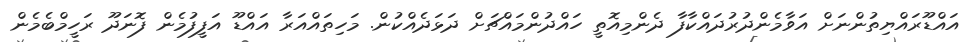
އައްޑޫރައްޔިތުންނަށް އަވާމެންދުރުދައްކާފާ ދެންމިއޮތީ ހައްދުންމައްޗަށް ދަޅަދެއްކުން. މަހިތައްއަރާ އައްޑޫ އަފީފުމެން ފޮނަދޫ ރަހީމްބެމެން